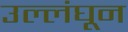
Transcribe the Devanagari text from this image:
उल्लंघून